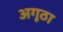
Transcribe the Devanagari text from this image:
अगूठा